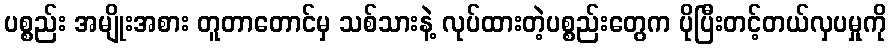
ပစ္စည်း အမျိုးအစား တူတာတောင်မှ သစ်သားနဲ့ လုပ်ထားတဲ့ပစ္စည်းတွေက ပိုပြီးတင့်တယ်လှပမှုကို